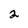
Character: 2